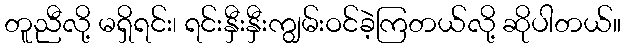
တူညီလို့ မရှိရင်း၊ ရင်းနှီးနှီးကျွမ်းဝင်ခဲ့ကြတယ်လို့ ဆိုပါတယ်။